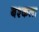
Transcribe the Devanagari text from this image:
बश्कला